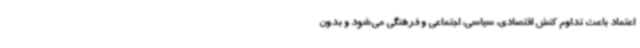
اعتماد باعث تداوم کنش اقتصادی، سیاسی، اجتماعی و فرهنگی می‌شود و بدون